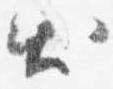
出